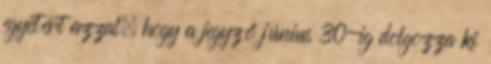
egyetért azzal, hogy a jegyző június 30-ig dolgozza ki